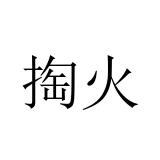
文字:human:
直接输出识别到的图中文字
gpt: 掏火